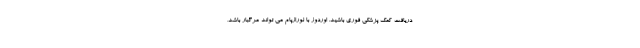
دریافت کمک پزشکی فوری باشید. اوردوز با لورازپام می تواند مرگبار باشد،